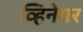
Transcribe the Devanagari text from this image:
व्हिनेगर